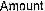
AMOUNT